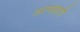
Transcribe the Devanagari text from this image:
अल्पप्राणी